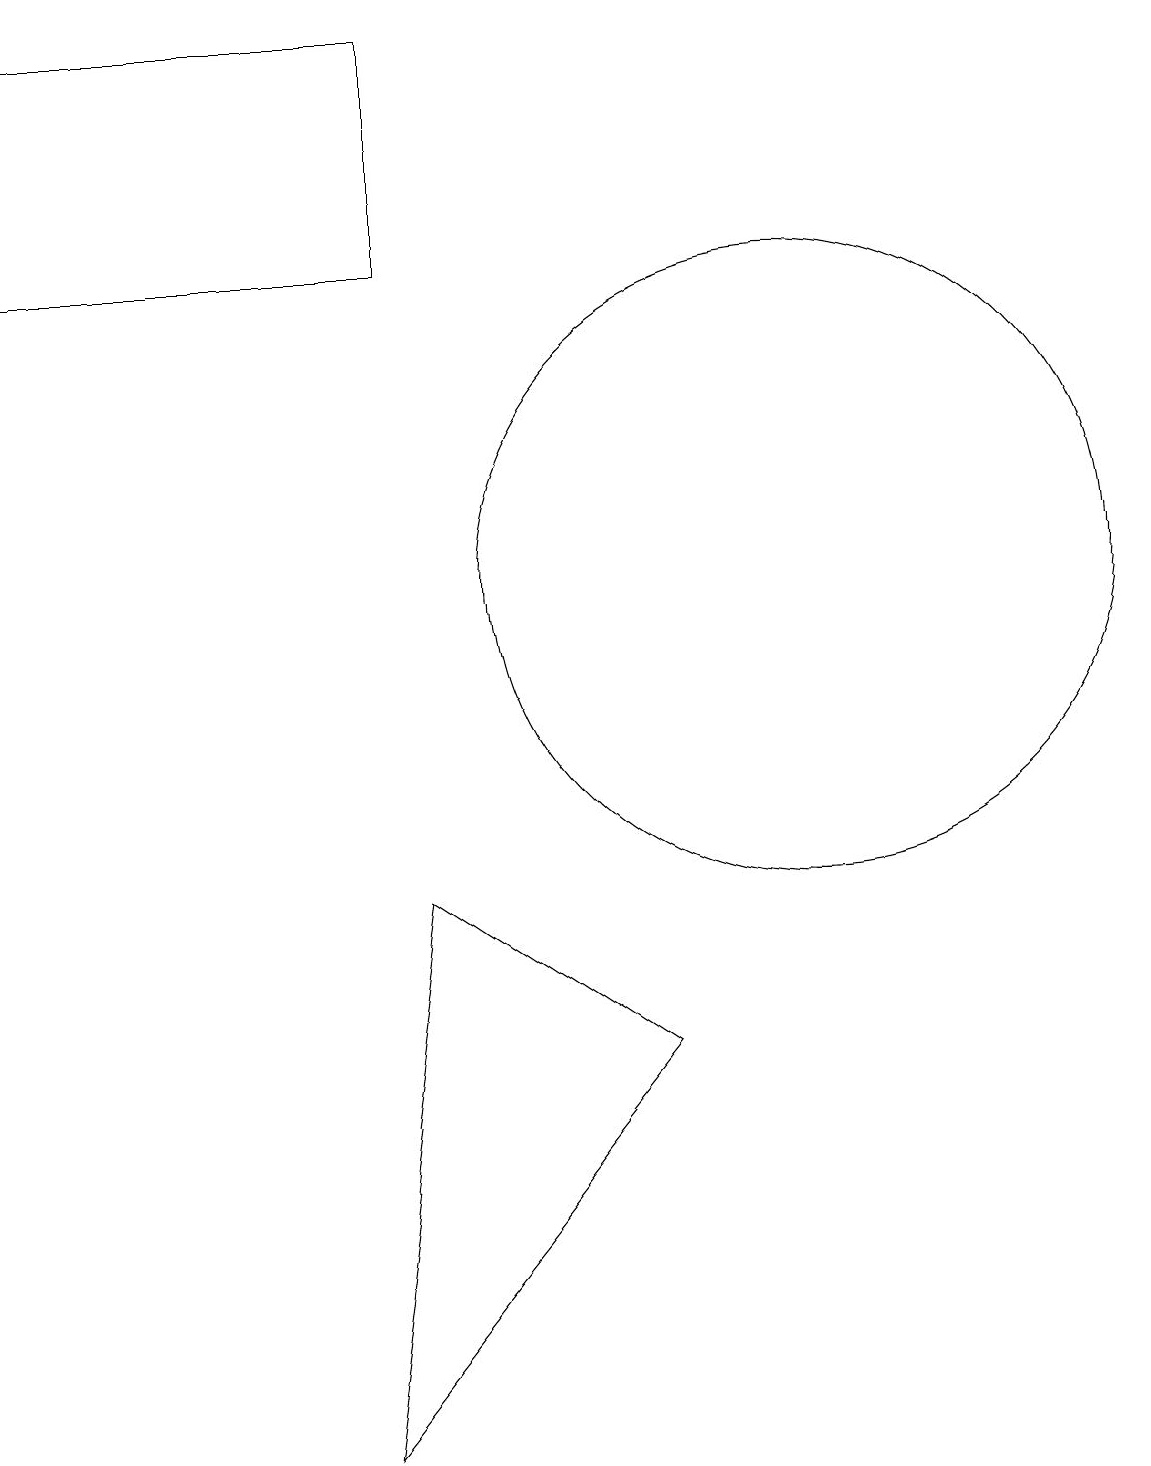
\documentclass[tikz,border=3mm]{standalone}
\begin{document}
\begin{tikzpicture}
\draw (5,0) -- (6,7) -- (9,5) -- cycle;
\draw (1,18) rectangle (6,15);
\draw (11,11) circle (4);
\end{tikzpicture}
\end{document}